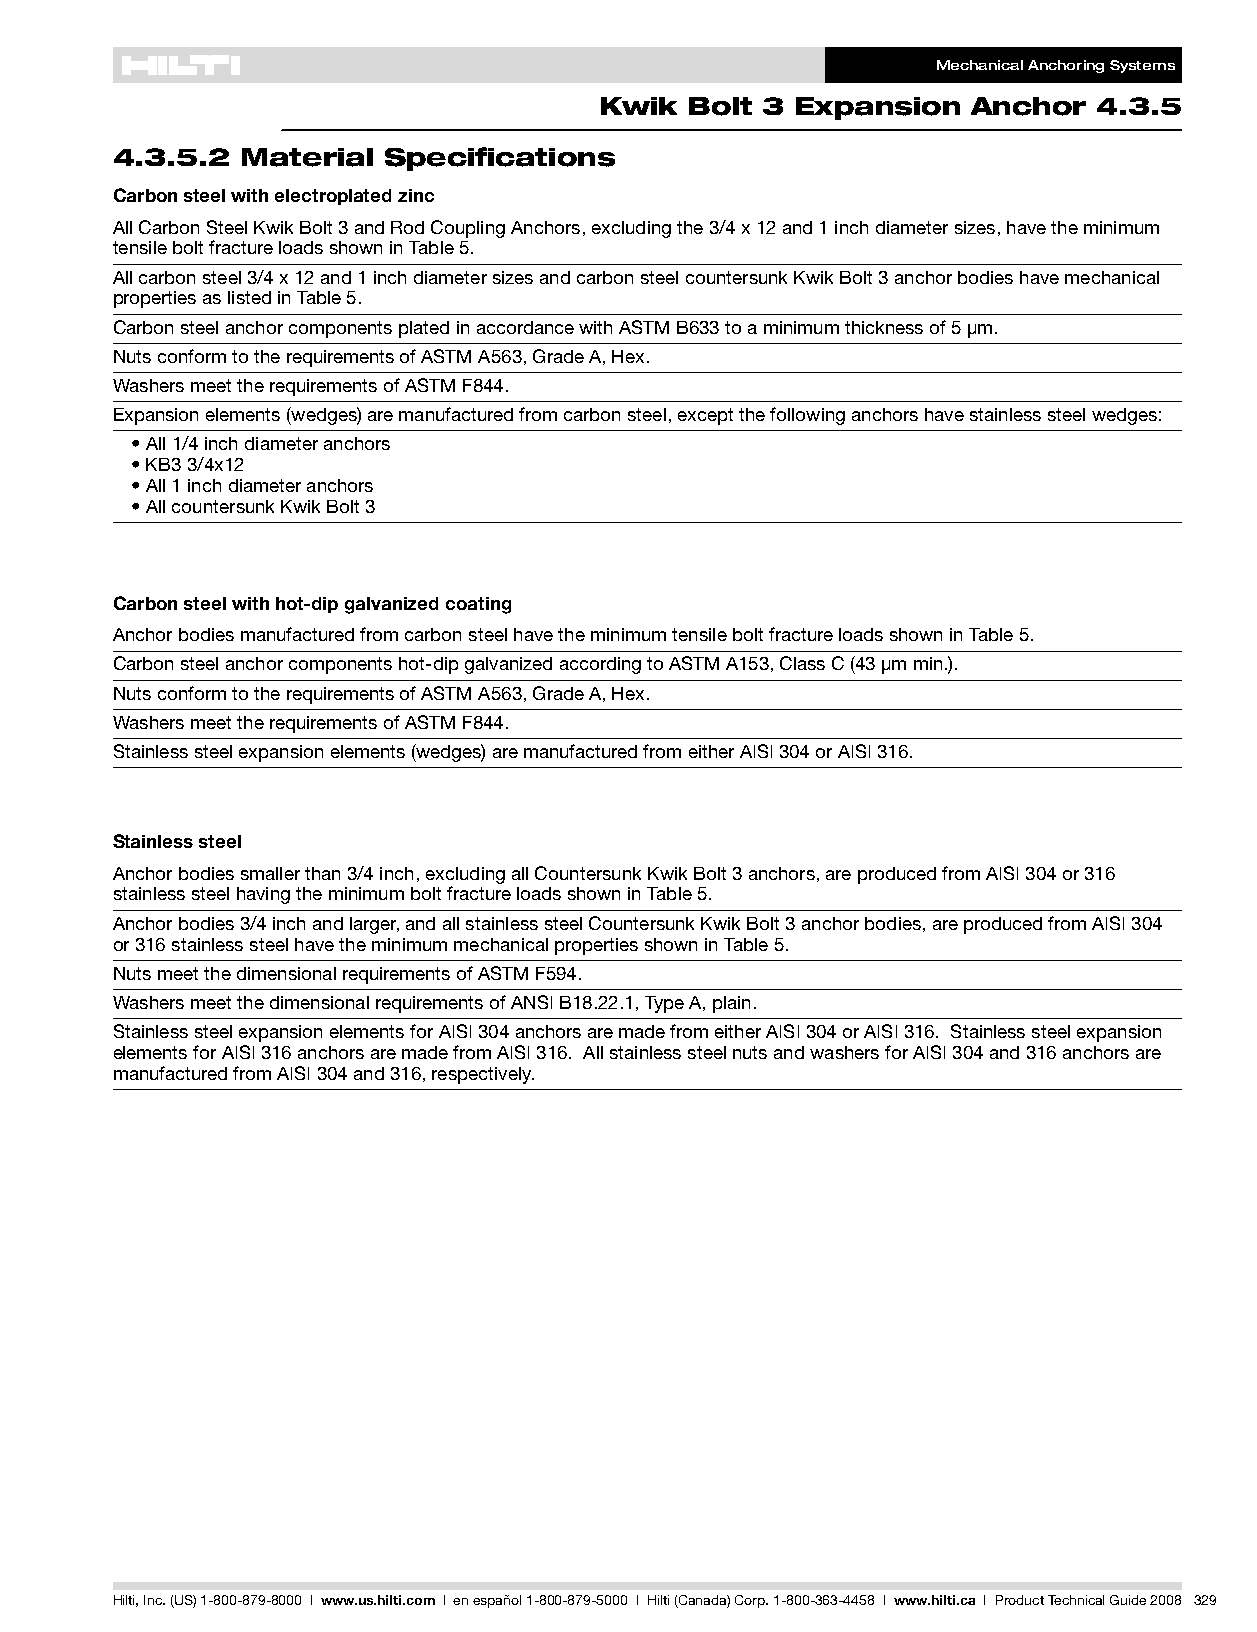
MechanicalAnchoringSystems
 Kwik  Bolt 3 Expansion  Anchor   4.3.5
 4.3.5.2  Material Specifications
 Carbonsteelwithelectroplatedzinc
 AllCarbonSteelKwikBolt3andRodCouplingAnchors,excludingthe3/4x12and1inchdiametersizes,havetheminimum
 tensileboltfractureloadsshowninTable5.
 Allcarbonsteel3/4x12and1inchdiametersizesandcarbonsteelcountersunkKwikBolt3anchorbodieshavemechanical
 propertiesaslistedinTable5.
 CarbonsteelanchorcomponentsplatedinaccordancewithASTMB633toaminimumthicknessof5µm.
 NutsconformtotherequirementsofASTMA563,GradeA,Hex.
 WashersmeettherequirementsofASTMF844.
 Expansionelements(wedges)aremanufacturedfromcarbonsteel,exceptthefollowinganchorshavestainlesssteelwedges:
 •All1/4inchdiameteranchors
 •KB33/4x12
 •All1inchdiameteranchors
 •AllcountersunkKwikBolt3
 Carbonsteelwithhot-dipgalvanizedcoating
 AnchorbodiesmanufacturedfromcarbonsteelhavetheminimumtensileboltfractureloadsshowninTable5.
 Carbonsteelanchorcomponentshot-dipgalvanizedaccordingtoASTMA153,ClassC(43µmmin.).
 NutsconformtotherequirementsofASTMA563,GradeA,Hex.
 WashersmeettherequirementsofASTMF844.
 Stainlesssteelexpansionelements(wedges)aremanufacturedfromeitherAISI304orAISI316.
 Stainlesssteel
 Anchorbodiessmallerthan3/4inch,excludingallCountersunkKwikBolt3anchors,areproducedfromAISI304or316
 stainlesssteelhavingtheminimumboltfractureloadsshowninTable5.
 Anchorbodies3/4inchandlarger,andallstainlesssteelCountersunkKwikBolt3anchorbodies,areproducedfromAISI304
 or316stainlesssteelhavetheminimummechanicalpropertiesshowninTable5.
 NutsmeetthedimensionalrequirementsofASTMF594.
 WashersmeetthedimensionalrequirementsofANSIB18.22.1,TypeA,plain.
 StainlesssteelexpansionelementsforAISI304anchorsaremadefromeitherAISI304orAISI316. Stainlesssteelexpansion
 elementsforAISI316anchorsaremadefromAISI316. AllstainlesssteelnutsandwashersforAISI304and316anchorsare
 manufacturedfromAISI304and316,respectively.
 Hilti,Inc.(US)1-800-879-8000 | www.us.hilti.com I enespañol1-800-879-5000 I Hilti(Canada)Corp.1-800-363-4458 I www.hilti.ca I ProductTechnicalGuide2008 329